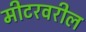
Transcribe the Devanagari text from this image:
मीटरवरील